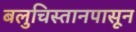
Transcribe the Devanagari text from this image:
बलुचिस्तानपासून